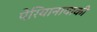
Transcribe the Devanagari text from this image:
पेरियानायाकी